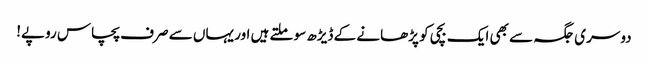
دوسری جگہ سے بھی ایک بچی کو پڑھانے کے ڈیڑھ سو ملتے ہیں اور یہاں سے صرف پچاس روپے!